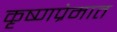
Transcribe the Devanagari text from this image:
कृष्णप्रेमात